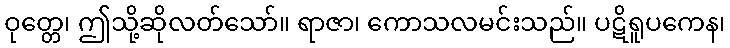
ဝုတ္တေ၊ ဤသို့ဆိုလတ်သော်။ ရာဇာ၊ ကောသလမင်းသည်။ ပဋိရူပကေန၊